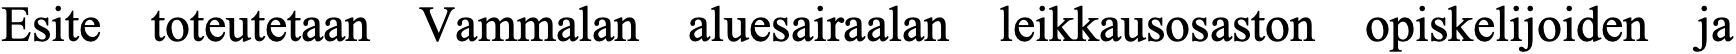
Esite toteutetaan Vammalan aluesairaalan leikkausosaston opiskelijoiden ja